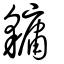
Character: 𧴄